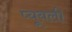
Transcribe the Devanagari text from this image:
प्यूबली